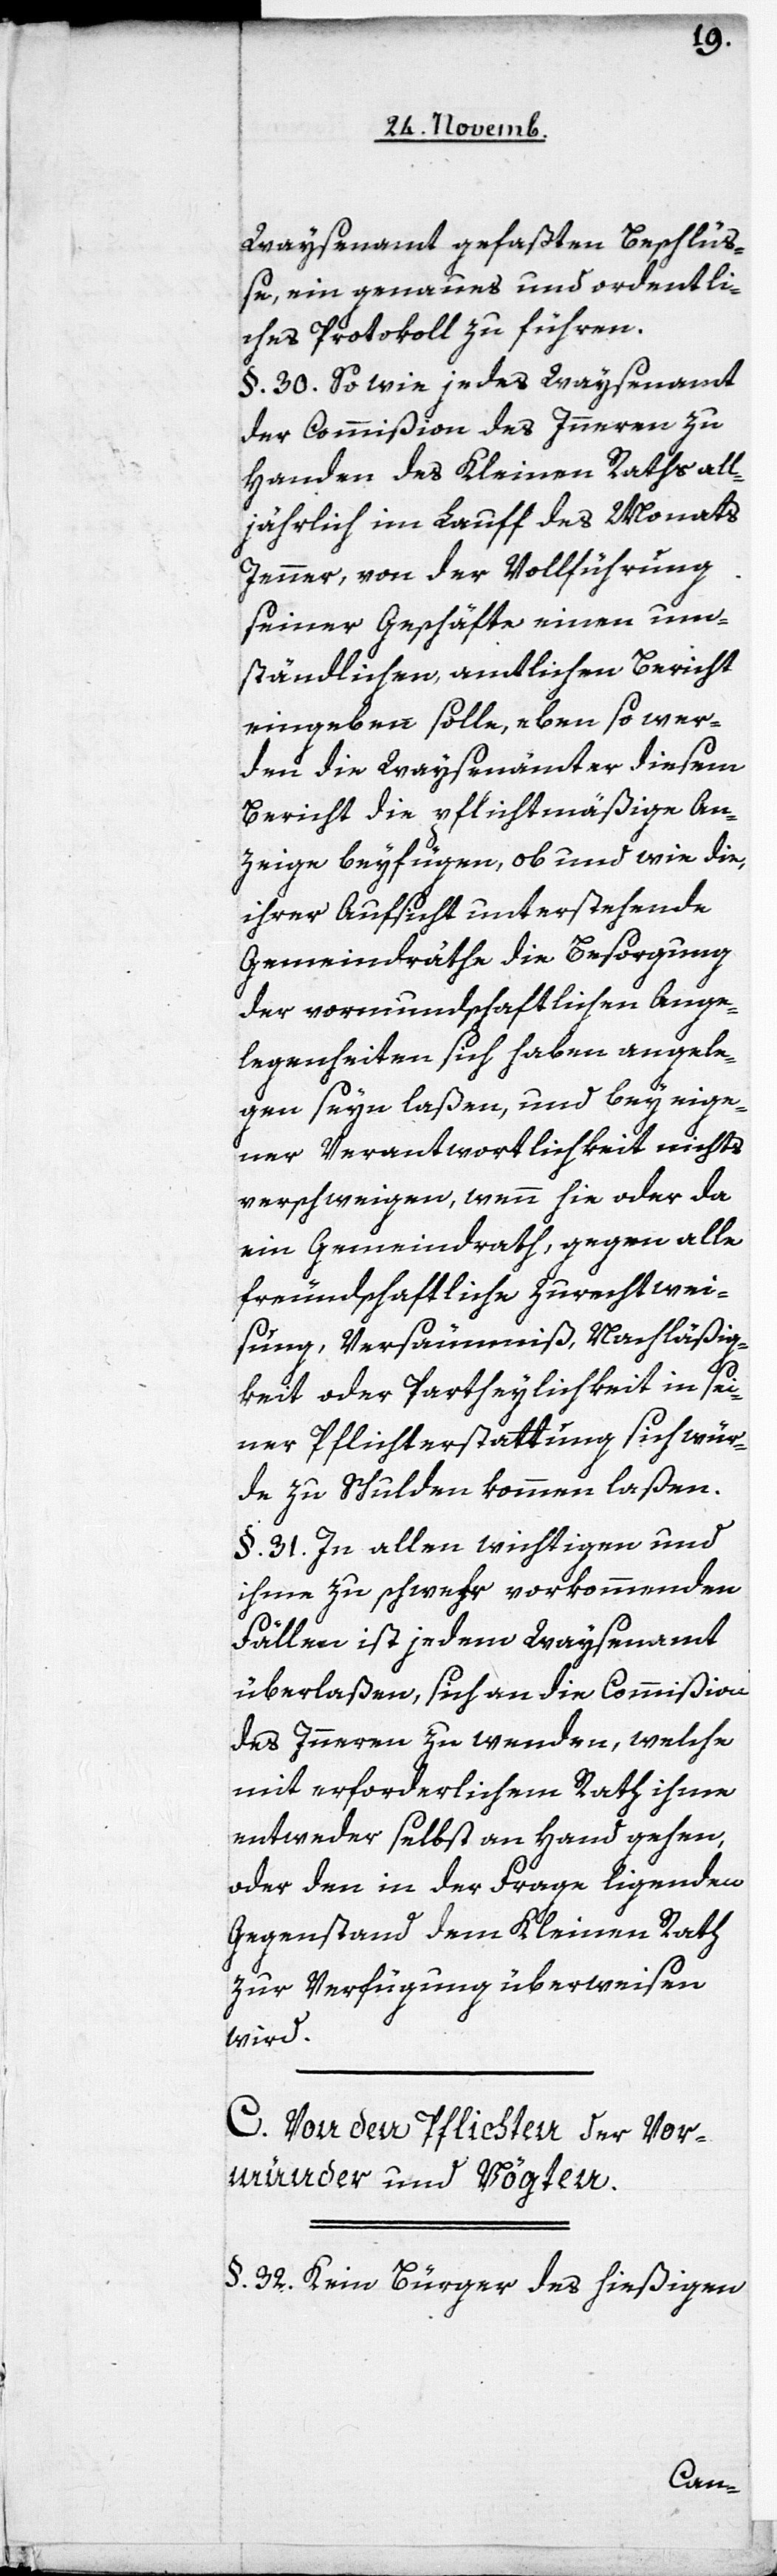
Waysenamt gefaßten Beschlüß¬
e, ein genaues und ordentli¬
ches Protokoll zu führen.
§. 30. So wie jedes Waysenamt
der Commißion des Inneren zu
Handen des Kleinen Raths all¬
jährlich im Lauff des Monats
Jenner, von der Vollführung
seiner Geschäfte einen um¬
ständlichen, amtlichen Bericht
eingeben solle, eben so wer¬
den die Waysenämter diesem
Bericht die pflichtmäßige An¬
zeige beyfügen, ob und wie die,
ihrer Aufsicht unterstehende
Gemeindräthe die Besorgung
der vormundschaftlichen Ange¬
legenheiten sich haben angele¬
gen seyn laßen, und bey eige¬
ner Verantwortlichkeit nichts
verschweigen, wenn hie oder da
ein Gemeindrath, gegen alle
freundschaftliche Zurechtwei¬
sung, Versäumniß, Nachläßig¬
keit oder Partheylichkeit in sei¬
ner Pflichterstattung sich wür¬
de zu Schulden kommen laßen.
§. 31. In allen wichtigen und
ihme zu schwer vorkommenden
Fällen ist jedem Waysenamt
überlaßen, sich an die Commißion
des Inneren zu wenden, welche
mit erforderlichem Rath ihme
entweder selbst an Hand gehen,
oder den in der Frage ligenden
Gegenstand dem Kleinen Rath
zur Verfügung überweisen
wird.
C. Von den Pflichten der Vor¬
münder und Vögten.
§. 32. Kein Bürger des hießigen